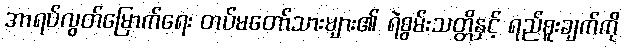
အာရပ်လွတ်မြောက်ရေး တပ်မတော်သားများ၏ ရဲစွမ်းသတ္တိနှင့် ရည်စူးချက်ကို